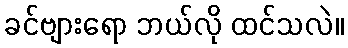
ခင်ဗျားရော ဘယ်လို ထင်သလဲ။